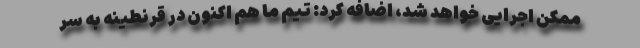
ممکن اجرایی خواهد شد، اضافه کرد: تیم ما هم اکنون در قرنطینه به سر